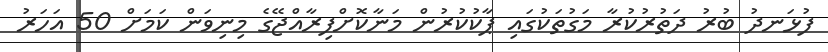
ފުޅަނދު ބުރު ދަތުރުކުރާ މަގުތަކުގައި ޕާކުކުރުން މަނާކޮށްފިރާއްޖޭގެ މިނިވަން ކަމަށް 50 އަހަރު